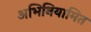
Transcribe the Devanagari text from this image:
अभिनियामित